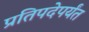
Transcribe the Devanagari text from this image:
प्रतिपदेपर्यंत